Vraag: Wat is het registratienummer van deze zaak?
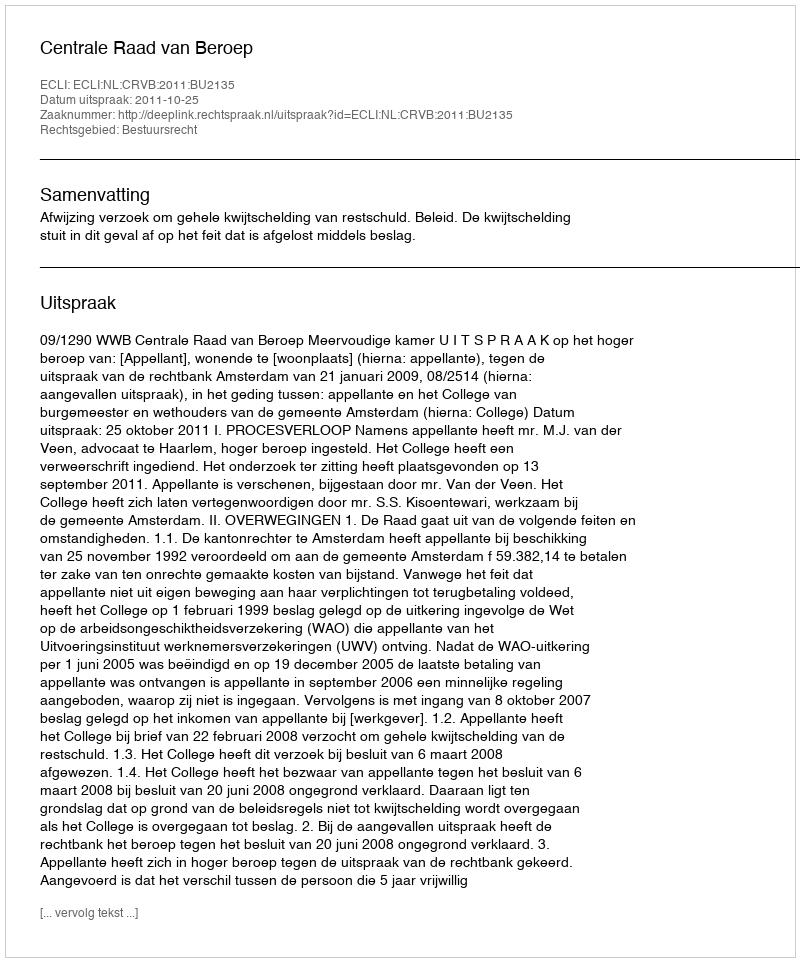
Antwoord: http://deeplink.rechtspraak.nl/uitspraak?id=ECLI:NL:CRVB:2011:BU2135